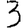
Digit: 3